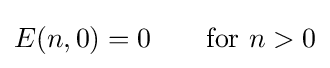
E(n,0)=0\qquad {\mbox{for }}n>0